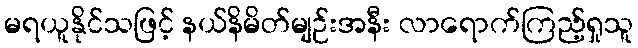
မရယူနိုင်သဖြင့် နယ်နိမိတ်မျဉ်းအနီး လာရောက်ကြည့်ရှုသူ